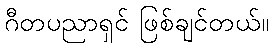
ဂီတပညာရှင် ဖြစ်ချင်တယ်။